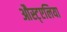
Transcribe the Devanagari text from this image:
औस्ट्एलिया